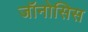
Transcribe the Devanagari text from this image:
जॉनोसिस